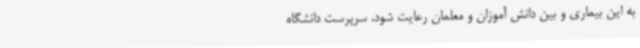
به این بیماری و بین دانش آموزان و معلمان رعایت شود. سرپرست دانشگاه